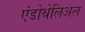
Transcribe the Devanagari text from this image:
एंडोथेलिअल